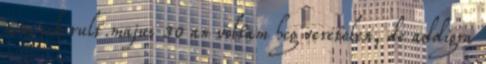
nem sikerult.majus 30 an voltam hcg veretelen, de addigra